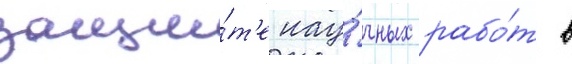
защи́т'е нау́чных рабо́т в